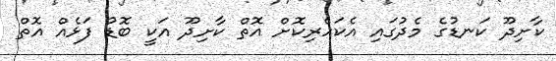
ކާށިދޫ ކަނޑުގެ މެދުގައި އެކަހެރިކޮށް އޮތް ކާށިދޫ އަކީ ބޮޑު ފަޅެއް އޮތް